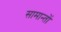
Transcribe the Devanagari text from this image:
सामान्तों